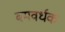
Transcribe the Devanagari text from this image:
बमवर्धक